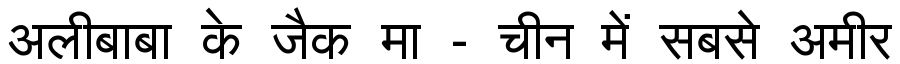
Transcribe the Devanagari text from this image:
अलीबाबा के जैक मा - चीन में सबसे अमीर